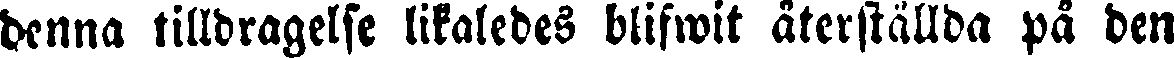
denna tilldragelse likaledes blifwit återställda på den